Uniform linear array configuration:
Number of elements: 24
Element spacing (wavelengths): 1
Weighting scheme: hamming
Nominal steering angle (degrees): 45
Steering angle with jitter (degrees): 43.433
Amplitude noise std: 0.05
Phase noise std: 0.05

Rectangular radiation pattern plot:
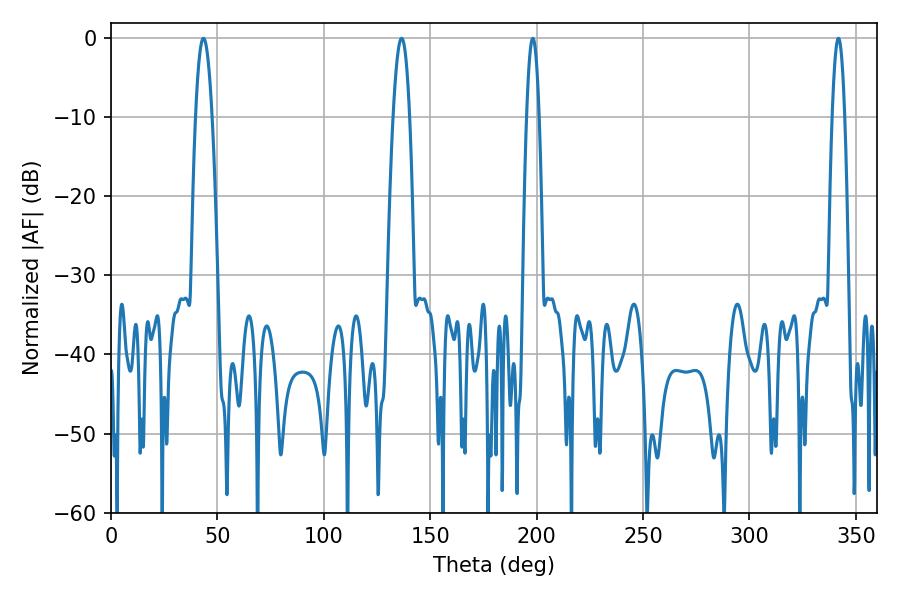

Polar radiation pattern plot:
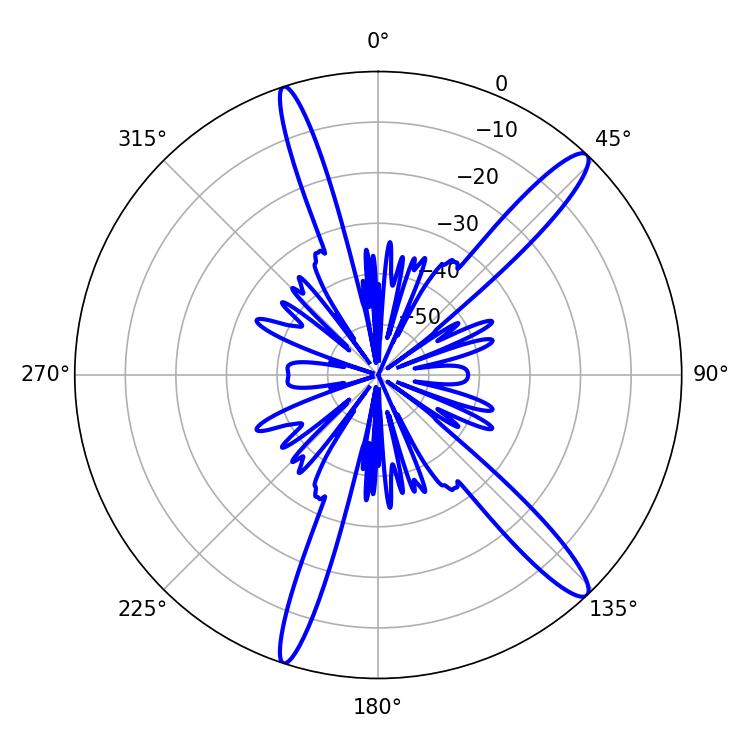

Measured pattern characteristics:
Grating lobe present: TRUE
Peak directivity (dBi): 14.39
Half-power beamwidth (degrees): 3.24
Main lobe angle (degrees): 198.18